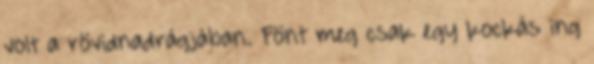
volt a rövidnadrágjában. Fönt meg csak egy kockás ing